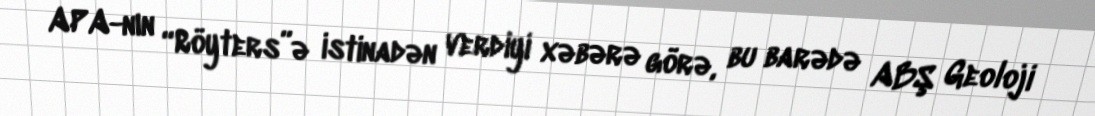
APA-nın “Röyters”ə istinadən verdiyi xəbərə görə, bu barədə ABŞ Geoloji